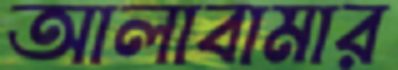
আলাবামার